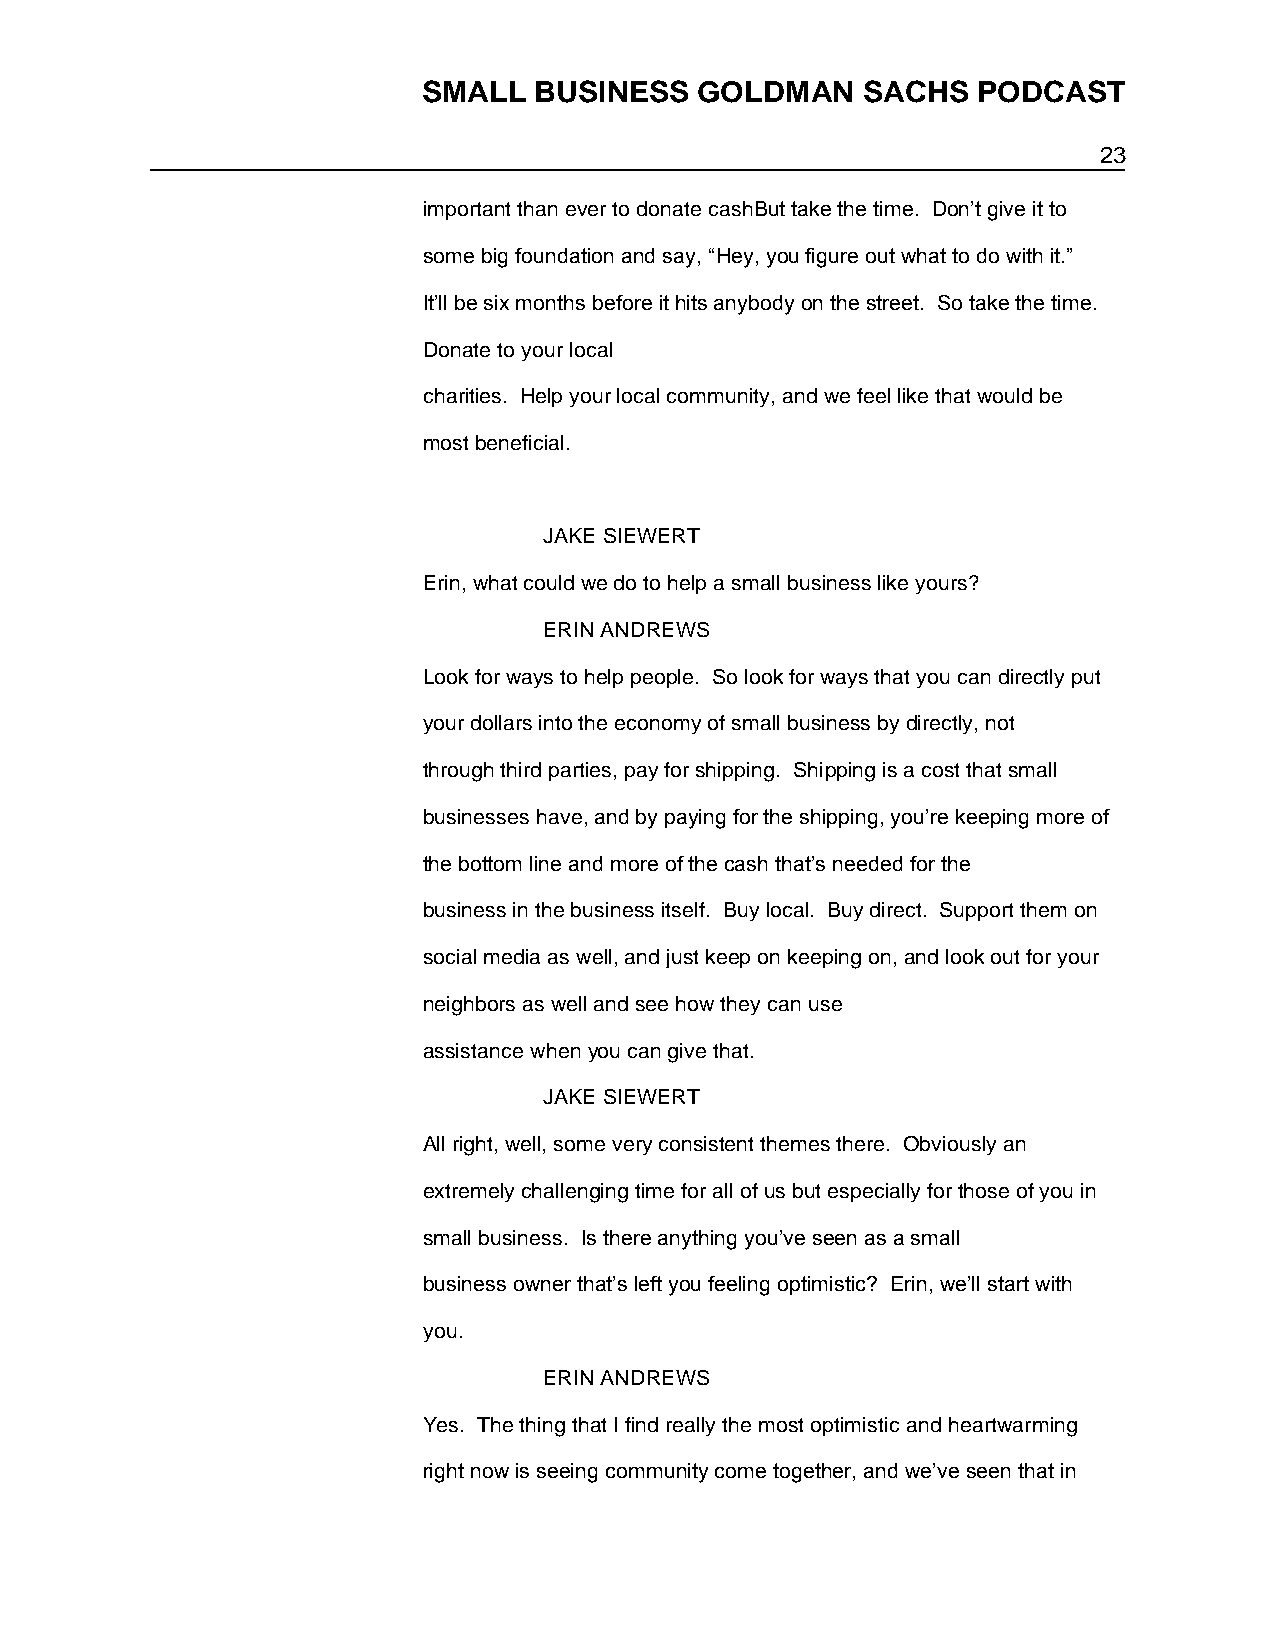
SMALL  BUSINESS   GOLDMAN    SACHS   PODCAST
 23
 important than ever to donate cashBut take the time. Don’t give it to
 some big foundation and say, “Hey, you figure out what to do with it.”
 It’ll be six months before it hits anybody on the street. So take the time.
 Donate to your local
 charities. Help your local community, and we feel like that would be
 most beneficial.
 JAKE SIEWERT
 Erin, what could we do to help a small business like yours?
 ERIN ANDREWS
 Look for ways to help people. So look for ways that you can directly put
 your dollars into the economy of small business by directly, not
 through third parties, pay for shipping. Shipping is a cost that small
 businesses have, and by paying for the shipping, you’re keeping more of
 the bottom line and more of the cash that’s needed for the
 business in the business itself. Buy local. Buy direct. Support them on
 social media as well, and just keep on keeping on, and look out for your
 neighbors as well and see how they can use
 assistance when you can give that.
 JAKE SIEWERT
 All right, well, some very consistent themes there. Obviously an
 extremely challenging time for all of us but especially for those of you in
 small business. Is there anything you’ve seen as a small
 business owner that’s left you feeling optimistic? Erin, we’ll start with
 you.
 ERIN ANDREWS
 Yes. The thing that I find really the most optimistic and heartwarming
 right now is seeing community come together, and we’ve seen that in